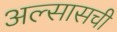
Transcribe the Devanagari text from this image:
अल्सासची